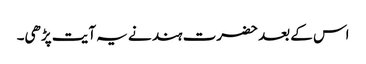
اس کے بعد حضرت ہند نے یہ آیت پڑھی۔